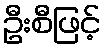
ဦးစီဖြင့်